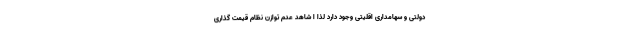
دولتی و سهامداری اقلیتی وجود دارد لذا ا شاهد عدم توازن نظام قیمت گذاری